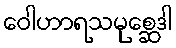
ဝေါဟာရသမုစ္ဆေဒါ